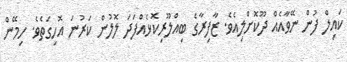
ކައިލް ފުން ނޭވާއެއް ދޫކޮށްލިއެވެ. ޒާފިރާގެ ބިއްލޫރިކޮޅެއްފަދަ ލޮލުން ކަރުނަ އޮހިގަތެވެ. ހިމޭން